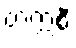
တက္ကစီ